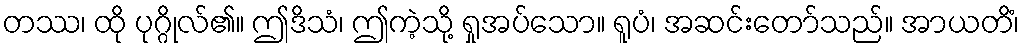
တဿ၊ ထို ပုဂ္ဂိုလ်၏။ ဤဒိသံ၊ ဤကဲ့သို့ ရှုအပ်သော။ ရူပံ၊ အဆင်းတော်သည်။ အာယတိံ၊